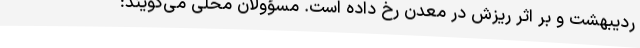
ردیبهشت و بر اثر ریزش در معدن رخ داده است. مسؤولان محلی می‌گویند: